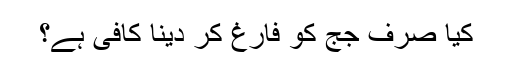
کیا صرف جج کو فارغ کر دینا کافی ہے؟